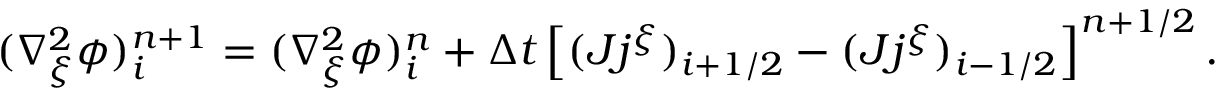
\begin{array} { r } { ( \nabla _ { \xi } ^ { 2 } \phi ) _ { i } ^ { n + 1 } = ( \nabla _ { \xi } ^ { 2 } \phi ) _ { i } ^ { n } + \Delta t \left[ ( J j ^ { \xi } ) _ { i + 1 / 2 } - ( J j ^ { \xi } ) _ { i - 1 / 2 } \right] ^ { n + 1 / 2 } . } \end{array}